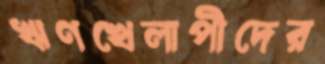
ঋণখেলাপীদের